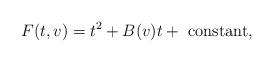
LaTeX: \begin{align*}F(t,v)=t^2+B(v)t+\hbox { constant},\end{align*}